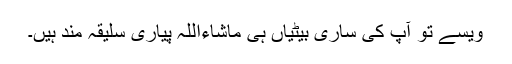
ویسے تو آپ کی ساری بیٹیاں ہی ماشاءاللہ پیاری سلیقہ مند ہیں۔